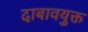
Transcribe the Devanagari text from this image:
दाबावयुक्त